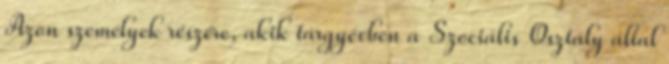
Azon személyek részére, akik tárgyévben a Szociális Osztály által